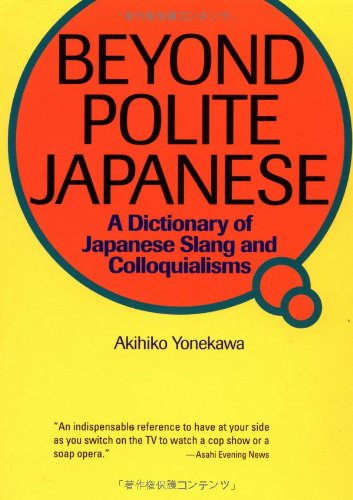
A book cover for Beyond Polite Japanese: A Dictionary of Japanese Slang and Colloquialisms (Power Japanese Series) (Kodansha's Children's Classics); Akihiko Yonekawa; Reference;